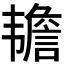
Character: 𬰷